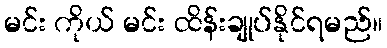
မင်း ကိုယ် မင်း ထိန်းချုပ်နိုင်ရမည်။